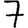
Digit: 7